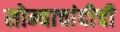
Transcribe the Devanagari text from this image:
सोन्याचांदीची